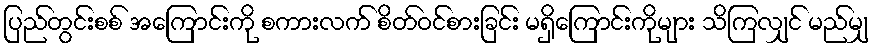
ပြည်တွင်းစစ် အကြောင်းကို စကားလက် စိတ်ဝင်စားခြင်း မရှိကြောင်းကိုများ သိကြလျှင် မည်မျှ